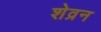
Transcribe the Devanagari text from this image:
शेव्रन